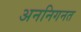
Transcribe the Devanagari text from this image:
अननिगनत